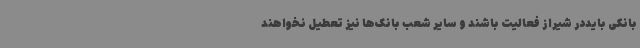
بانکی بایددر شیراز فعالیت باشند و سایر شعب بانک‌ها نیز تعطیل نخواهند